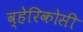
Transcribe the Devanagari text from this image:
व्हेरिकोसी